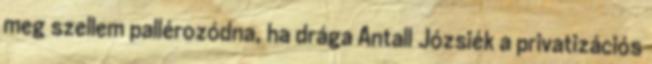
meg szellem pallérozódna, ha drága Antall Józsiék a privatizációs